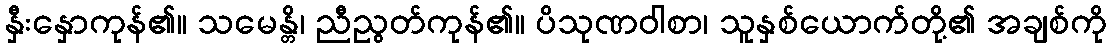
နှီးနှောကုန်၏။ သမေန္တိ၊ ညီညွတ်ကုန်၏။ ပိသုဏဝါစာ၊ သူနှစ်ယောက်တို့၏ အချစ်ကို